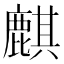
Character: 麒